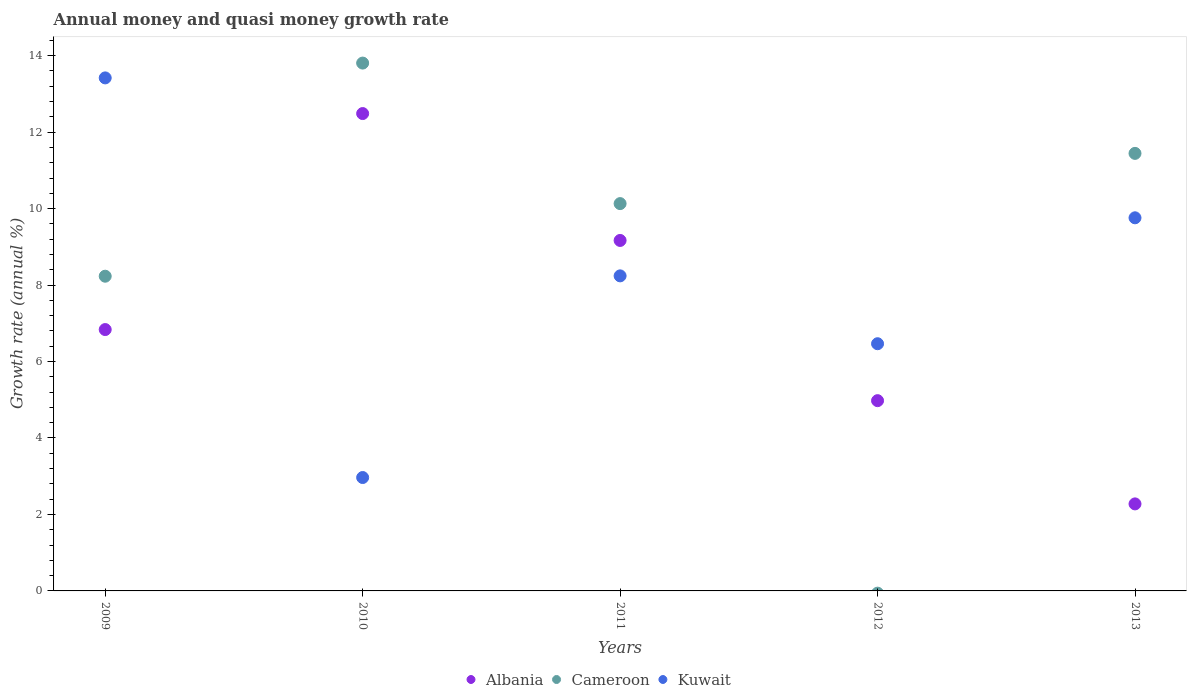
| Years | Albania | Cameroon | Kuwait |
 | --- | --- | --- | --- |
 | 2009 | 6.84 | 8.23 | 13.4 |
 | 2010 | 12.5 | 13.8 | 2.97 |
 | 2011 | 9.17 | 10.1 | 8.24 |
 | 2012 | 4.98 | -0.0585 | 6.47 |
 | 2013 | 2.28 | 11.4 | 9.76 |